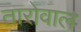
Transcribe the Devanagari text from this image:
तारोवाल